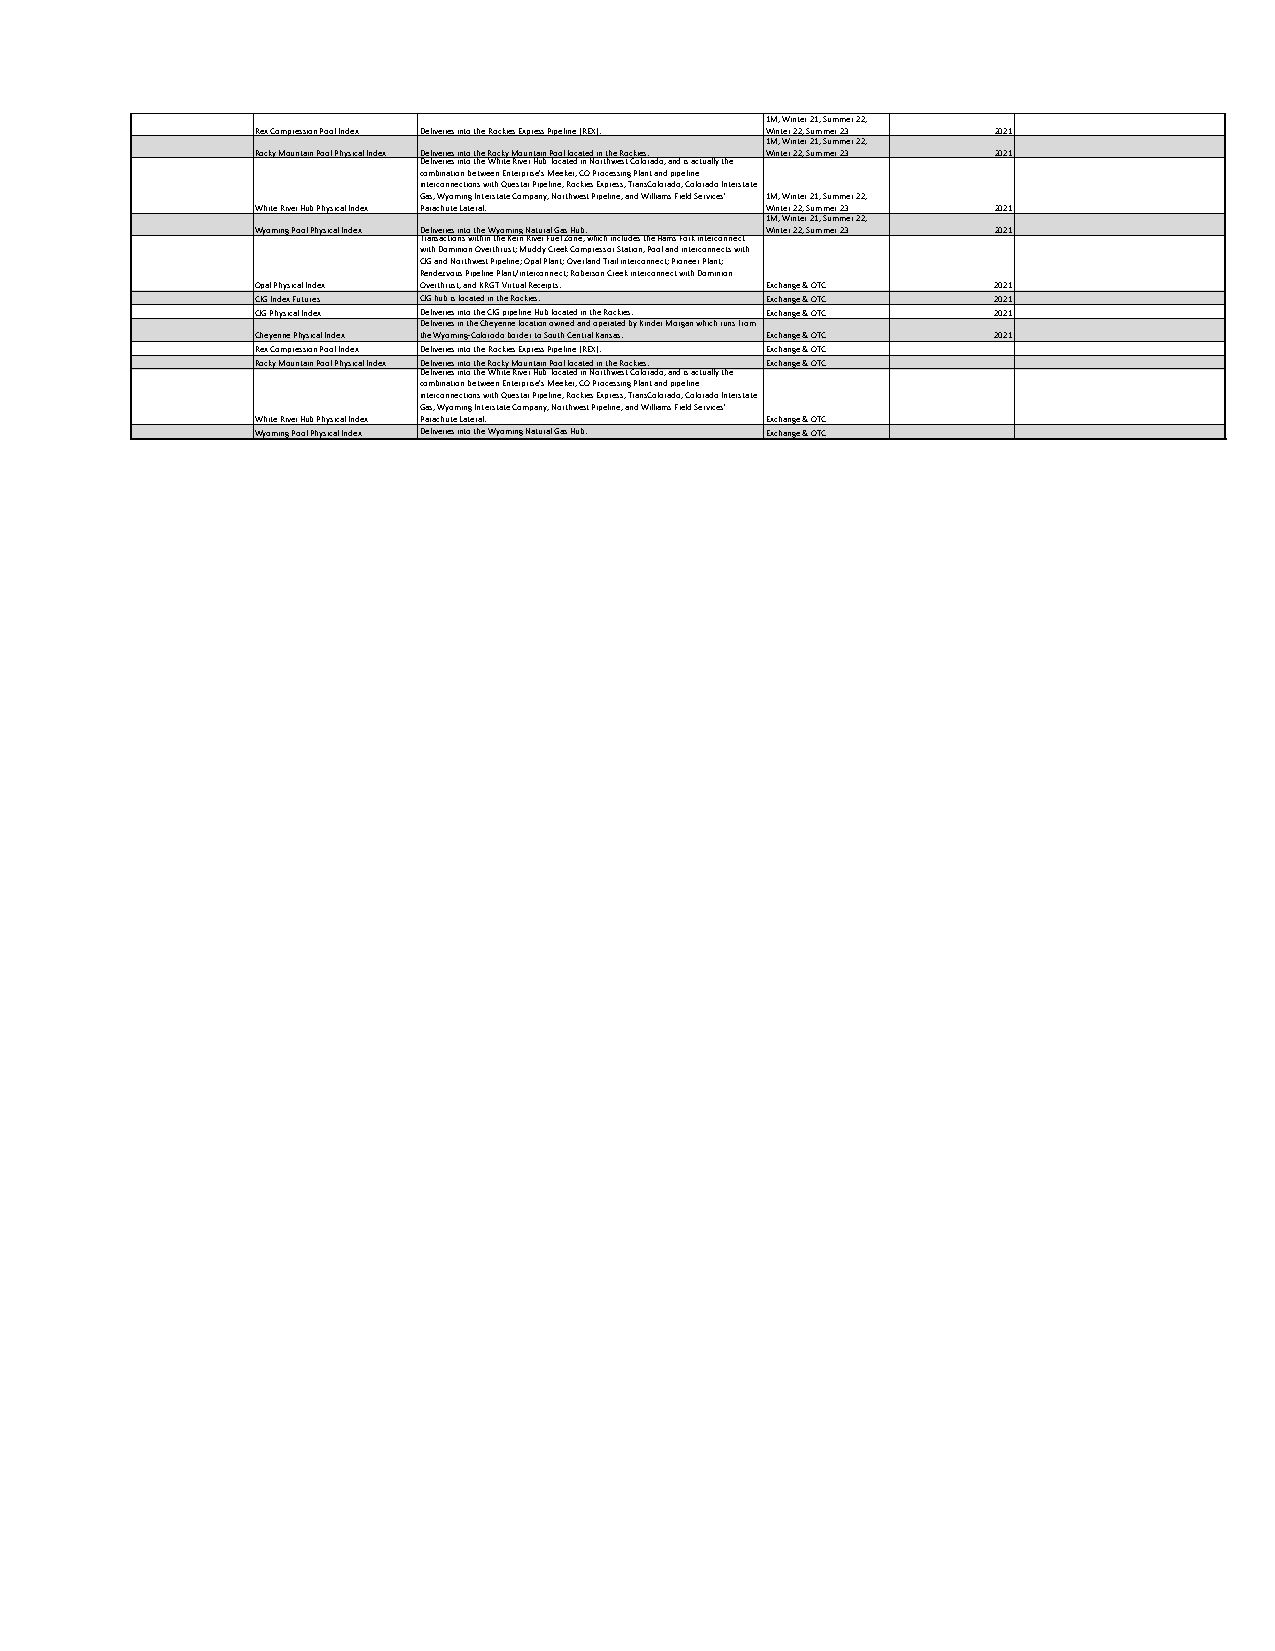
1M, Winter 21, Summer 22,
 Rex Compression Pool Index Deliveries into the Rockies Express Pipeline (REX). Winter 22, Summer 23 2021
 1M, Winter 21, Summer 22,
 Rocky Mountain Pool Physical Index Deliveries into the Rocky Mountain Pool located in the Rockies. Winter 22, Summer 23 2021
 Deliveries into the White River Hub located in Northwest Colorado, and is actually the
 combination between Enterprise's Meeker, CO Processing Plant and pipeline
 interconnections with Questar Pipeline, Rockies Express, TransColorado, Colorado Interstate
 Gas, Wyoming Interstate Company, Northwest Pipeline, and Williams Field Services' 1M, Winter 21, Summer 22,
 White River Hub Physical Index Parachute Lateral. Winter 22, Summer 23 2021
 1M, Winter 21, Summer 22,
 Wyoming Pool Physical Index Deliveries into the Wyoming Natural Gas Hub. Winter 22, Summer 23 2021
 Transactions within the Kern River Fuel Zone, which includes the Hams Fork interconnect
 with Dominion Overthrust; Muddy Creek Compressor Station, Pool and interconnects with
 CIG and Northwest Pipeline; Opal Plant; Overland Trail interconnect; Pioneer Plant;
 Rendezvous Pipeline Plant/interconnect; Roberson Creek interconnect with Dominion
 Opal Physical Index Overthrust, and KRGT Virtual Receipts. Exchange & OTC 2021
 CIG Index Futures CIG hub is located in the Rockies. Exchange & OTC 2021
 CIG Physical Index Deliveries into the CIG pipeline Hub located in the Rockies. Exchange & OTC 2021
 Deliveries in the Cheyenne location owned and operated by Kinder Morgan which runs from
 Cheyenne Physical Index the Wyoming-Colorodo border to South Central Kansas. Exchange & OTC 2021
 Rex Compression Pool Index Deliveries into the Rockies Express Pipeline (REX). Exchange & OTC
 Rocky Mountain Pool Physical Index Deliveries into the Rocky Mountain Pool located in the Rockies. Exchange & OTC
 Deliveries into the White River Hub located in Northwest Colorado, and is actually the
 combination between Enterprise's Meeker, CO Processing Plant and pipeline
 interconnections with Questar Pipeline, Rockies Express, TransColorado, Colorado Interstate
 Gas, Wyoming Interstate Company, Northwest Pipeline, and Williams Field Services'
 White River Hub Physical Index Parachute Lateral. Exchange & OTC
 Wyoming Pool Physical Index Deliveries into the Wyoming Natural Gas Hub. Exchange & OTC